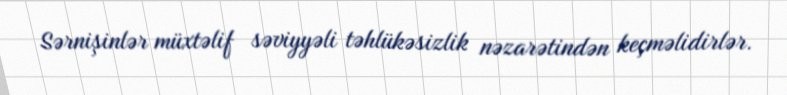
Sərnişinlər müxtəlif səviyyəli təhlükəsizlik nəzarətindən keçməlidirlər.